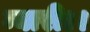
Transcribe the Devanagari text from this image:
न्यारी।।